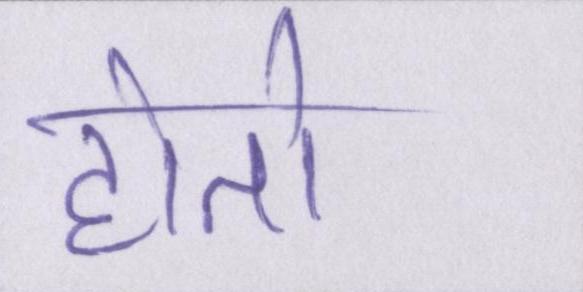
होतो